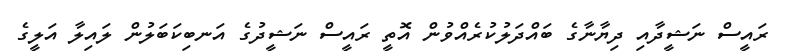
ރައީސް ނަޝީދާއި ދިޔާނާގެ ބައްދަލުކުރެއްވުން އޮތީ ރައީސް ނަޝީދުގެ އަނބިކަބަލުން ލައިލާ އަލީގެ